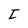
Character: I